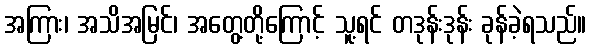
အကြား၊ အသိအမြင်၊ အတွေ့တို့ကြောင့် သူ့ရင် တဒုန်းဒုန်း ခုန်ခဲ့ရသည်။